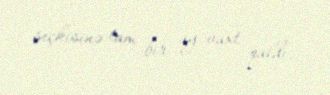
seçkisinə tam bir ay vaxt qaldı.